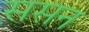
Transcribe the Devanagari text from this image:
ससन